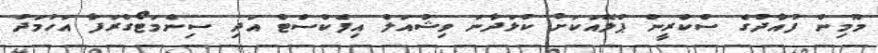
މޫމިން ފުއާދުގެ ސްކްރީން ޕްލޭއަކަށް ކުޅަދާނަ ވިޝުއަލް އިފެކްސްޓް އަދި ސިނެމަޓޯގްރަފާ އަހުމަދު